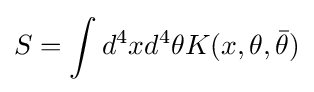
S=\int d^{4}xd^{4}\theta K(x,\theta ,{\bar {\theta }})